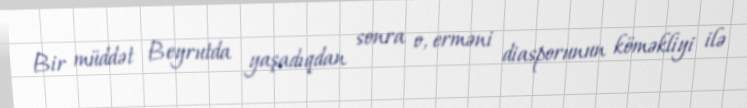
Bir müddət Beyrutda yaşadıqdan sonra o, erməni diasporunun köməkliyi ilə